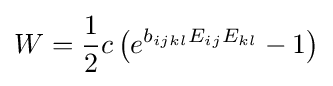
W={\frac {1}{2}}c\left(e^{b_{ijkl}E_{ij}E_{kl}}-1\right)